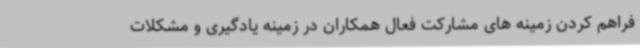
فراهم کردن زمینه های مشارکت فعال همکاران در زمینه یادگیری و مشکلات